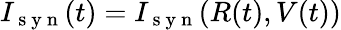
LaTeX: I_{\mathrm{~s~y~n~}}(t)=I_{\mathrm{~s~y~n~}}(R(t),V(t))